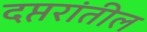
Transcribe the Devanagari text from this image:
दप्तरांतील